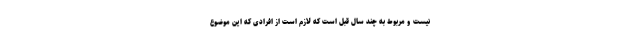
نیست و مربوط به چند سال قبل است که لازم است از افرادی که این موضوع